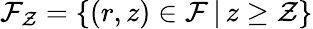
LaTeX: \mathcal{F}_{\mathcal{Z}}=\{ (r,z)\in\mathcal{F}\, |\, z\geq\mathcal{Z}\}